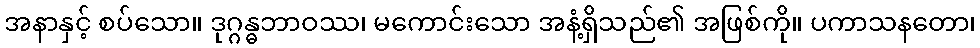
အနာနှင့် စပ်သော။ ဒုဂ္ဂန္ဓဘာဝဿ၊ မကောင်းသော အနံ့ရှိသည်၏ အဖြစ်ကို။ ပကာသနတော၊